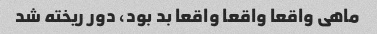
ماهی واقعا واقعا واقعا بد بود، دور ریخته شد